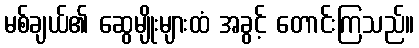
မစ်ချယ်၏ ဆွေမျိုးများထံ အခွင့် တောင်းကြသည်။